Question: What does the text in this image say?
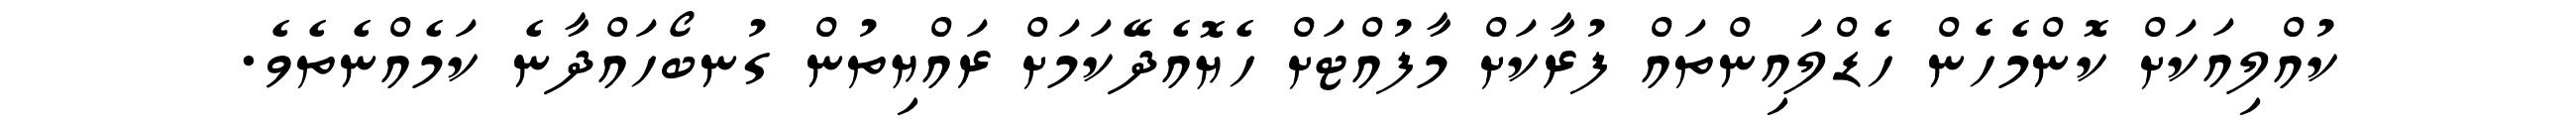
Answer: ކުއްލިއަކަށް ކޮންމެހެން ހެޑްލައިންތައް ފުރާކަށް މާފުއްޓަށް ހެޔޮއެދޭކަމަށް ރައްޔިތުން ގުނބޯހައްދާނެ ކަމެއްނެތެވެ.